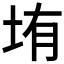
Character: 𰉦